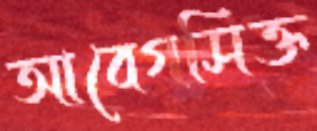
আবেগসিক্ত